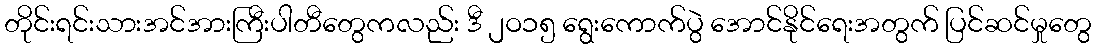
တိုင်းရင်းသားအင်အားကြီးပါတီတွေကလည်း ဒီ ၂ဝ၁၅ ရွေးကောက်ပွဲ အောင်နိုင်ရေးအတွက် ပြင်ဆင်မှုတွေ